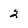
Character: 2